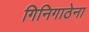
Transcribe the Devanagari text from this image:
गिनिगाठेना